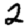
Digit: 2